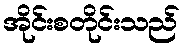
အိုင်းစတိုင်းသည်